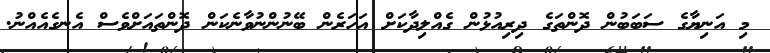
މި އަނިޔާގެ ސަބަބުން ދޮންތަގެ ދިރިއުޅުން ގެއްލިދާކަށް އަހަރެން ބޭނުންނުވާނެކަން ދޮންތައަށްވެސް އެނގެއެއްނު.